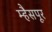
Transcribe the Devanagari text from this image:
म्हैसपूर